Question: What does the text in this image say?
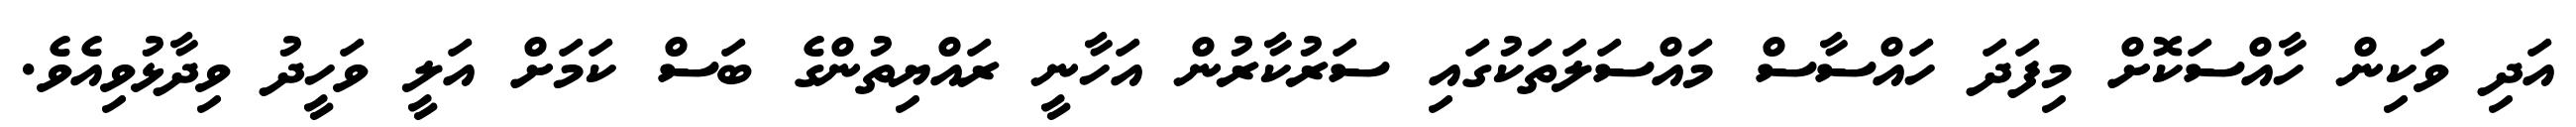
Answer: އަދި ވަކިން ހާއްސަކޮށް މިފަދަ ހައްސާސް މައްސަލަތަކުގައި ސަރުކާރުން އަހާނީ ރައްޔިތުންގެ ބަސް ކަމަށް އަލީ ވަހީދު ވިދާޅުވިއެވެ.